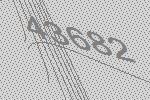
43682